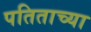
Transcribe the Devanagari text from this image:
पतिताच्या